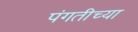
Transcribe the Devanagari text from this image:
पंगतीच्या